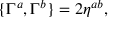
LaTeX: \{ \Gamma ^ { a } , \Gamma ^ { b } \} = 2 \eta ^ { a b } ,